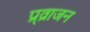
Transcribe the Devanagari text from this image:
प्र्व्राजन